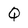
Character: Q